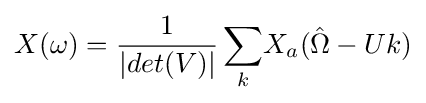
X(\omega )={\frac {1}{|det(V)|}}\sum _{k}\!X_{a}({\hat {\Omega }}-Uk)